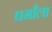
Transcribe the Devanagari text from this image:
धर्मांला